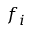
f _ { i }